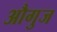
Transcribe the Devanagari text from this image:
औगुज